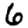
Digit: 6